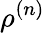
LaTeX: \rho^{(n)}